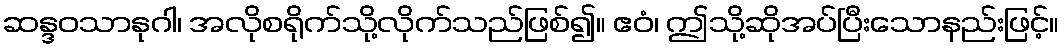
ဆန္ဒဝသာနုဂါ၊ အလိုစရိုက်သို့လိုက်သည်ဖြစ်၍။ ဧဝံ၊ ဤသို့ဆိုအပ်ပြီးသောနည်းဖြင့်။